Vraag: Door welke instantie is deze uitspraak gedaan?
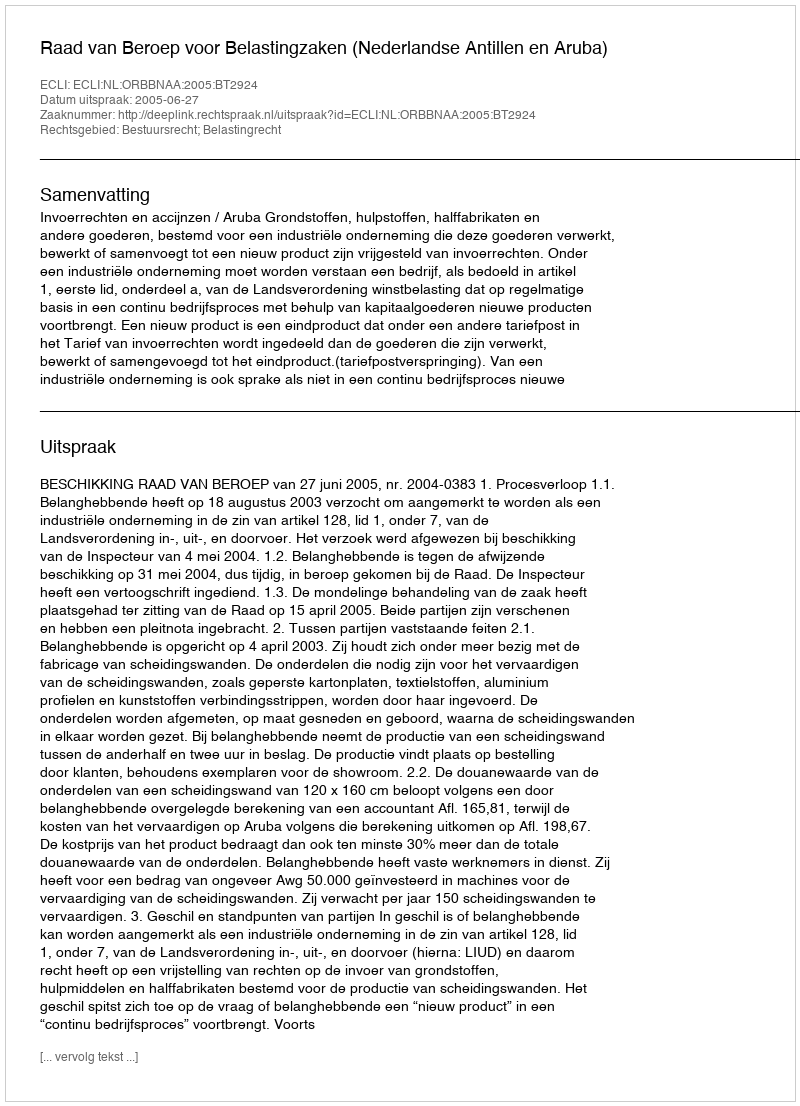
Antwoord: Raad van Beroep voor Belastingzaken (Nederlandse Antillen en Aruba)